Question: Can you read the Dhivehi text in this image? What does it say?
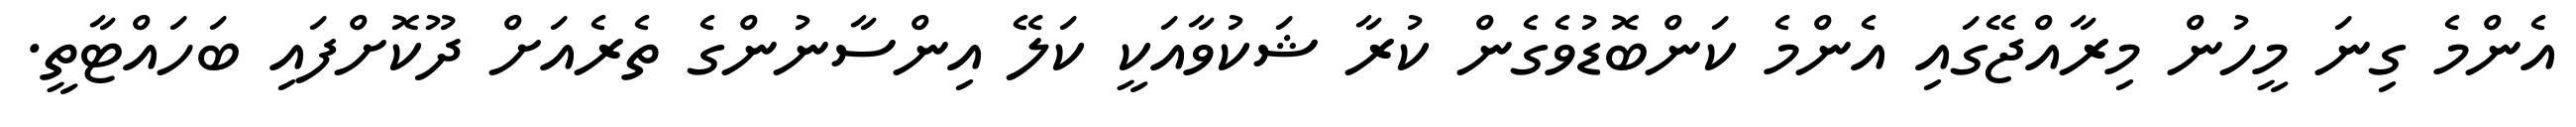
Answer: އެންމެ ގިނަ މީހުން މިރާއްޖޭގައި އެންމެ ކަންބޮޑުވެގެން ކުރާ ޝަކުވާއަކީ ކަލޭ އިންސާނުންގެ ތެރެއަށް ދޫކޮށްފައި ބަހައްޓާތީ.